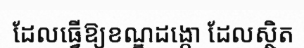
ដែលធ្វើឱ្យខណ្ឌដង្កោ ដែលស្ថិត